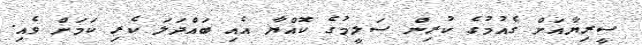
ސީރިޔާއަށް ގެއުމުގެ ކުރިން ސަލީމުގެ ކޮއްޔާ އެއި ބައްދަލަ ކެރި ކަމަށް ވެއި.